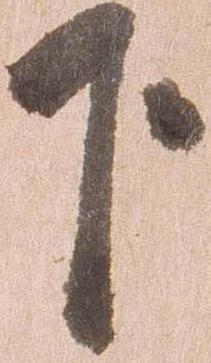
下